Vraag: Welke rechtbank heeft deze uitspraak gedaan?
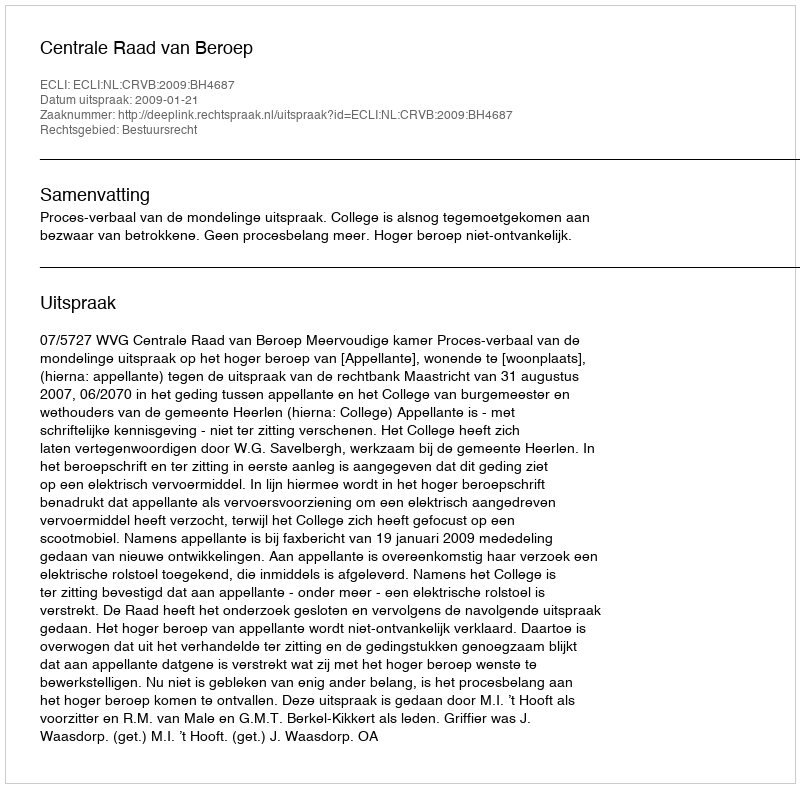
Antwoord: Centrale Raad van Beroep